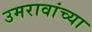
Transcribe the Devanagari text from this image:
उमरावांच्या